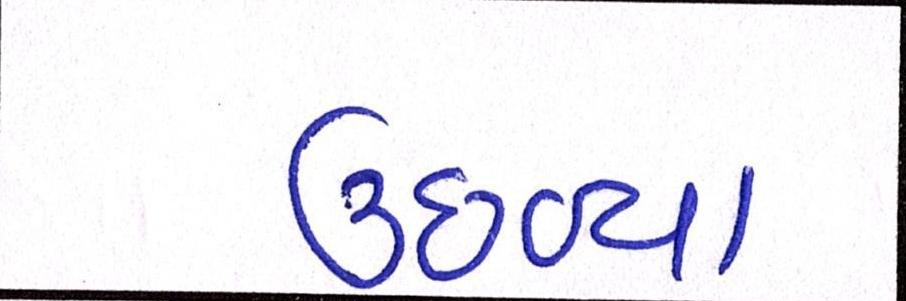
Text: ઉછળ્યા